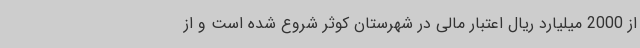
از 2000 میلیارد ریال اعتبار مالی در شهرستان کوثر شروع شده است و از